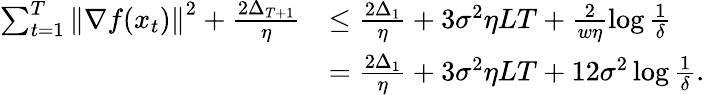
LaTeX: \begin{array}{rl}{\sum_{t=1}^{T}\left\Vert\nabla f(x_{t})\right\Vert^{2}+\frac{2\Delta_{T+1}}{\eta}}&{\leq\frac{2\Delta_{1}}{\eta}+3\sigma^{2}\eta LT+\frac{2}{w\eta}\log\frac{1}{\delta}}\\ &{=\frac{2\Delta_{1}}{\eta}+3\sigma^{2}\eta LT+12\sigma^{2}\log\frac{1}{\delta}.}\end{array}